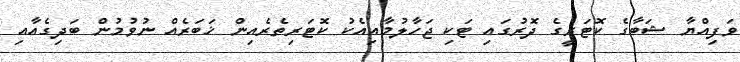
ވަފިއްޔާ ޝަބާގެ ކޮޓަރީގެ ދޮރުގައި ޓަކި ޖަހާލުމާއިއެކު ކޮޓަރިތެރެއިން ޚަބަރެއް ނުވުމުން ބަދިގެއާއި